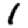
Digit: 1